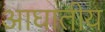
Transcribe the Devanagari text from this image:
आघातीय